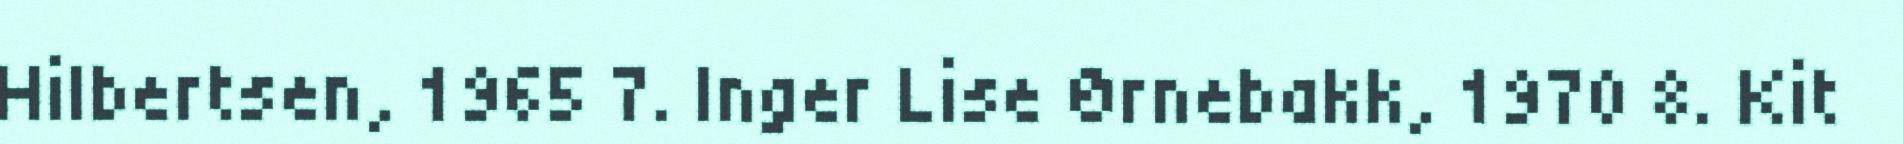
Hilbertsen, 1965 7. Inger Lise Ørnebakk, 1970 8. Kit